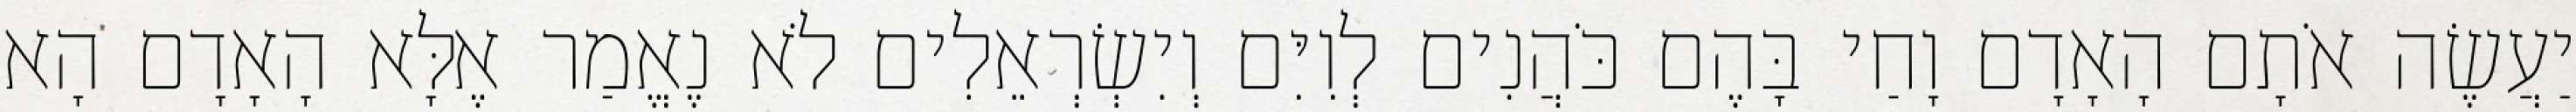
יַעֲשֶׂה אֹתָם הָאָדָם וָחַי בָּהֶם כֹּהֲנִים לְוִיִּם וְיִשְׂרְאֵלִים לֹא נֶאֱמַר אֶלָּא הָאָדָם הָא